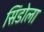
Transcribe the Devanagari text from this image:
सिंडोला